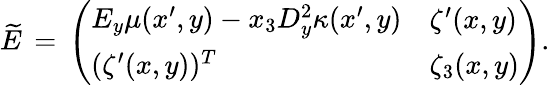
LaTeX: \begin{array}{r}{\widetilde{E}\, =\, \left(\begin{array}{ll}{\begin{array}{l}{E_{y}\mu(x^{\prime},y)-x_{3}D_{y}^{2}\kappa(x^{\prime},y)}\end{array}}&{\zeta^{\prime}(x,y)}\\ {(\zeta^{\prime}(x,y))^{T}}&{\zeta_{3}(x,y)}\end{array}\right).}\end{array}